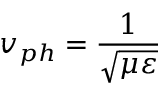
v _ { p h } = { \frac { 1 } { \sqrt { \mu \varepsilon } } }